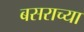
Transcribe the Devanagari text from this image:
बसराच्या